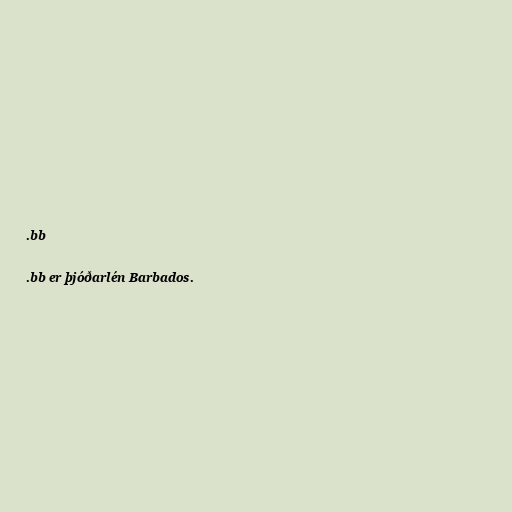
.bb

.bb er þjóðarlén Barbados.